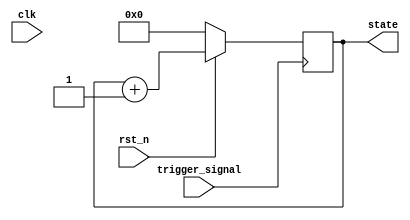
module negative_edge_example (
    input wire clk,            // Clock signal
    input wire rst_n,         // Active low reset signal
    input wire trigger_signal, // Signal that triggers on negative edge
    output reg [7:0] state    // Internal state to be updated
);

// Internal variable to hold previous state of trigger signal
reg trigger_signal_prev;

// Initial block for reset conditions
initial begin
    state = 8'b00000000; // Initialize state to zero
    trigger_signal_prev = 1'b1; // Assume trigger signal is high initially
end

// Negative edge triggered procedural block
always @(negedge trigger_signal) begin
    if (!rst_n) begin
        // Reset condition: if reset is active low
        state <= 8'b00000000; // Reset state to zero
    end else begin
        // Update state or perform logic based on trigger signal
        // Example logic: Increment state on negative edge
        state <= state + 1;
    end
end

// To catch the previous state for potential dependencies
always @(posedge clk) begin
    // Capture the previous state of the trigger signal
    trigger_signal_prev <= trigger_signal;
end

endmodule